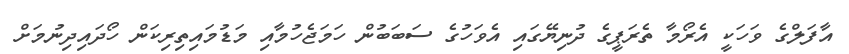
އާފަލްގެ ވަހަކީ އެރޯމާ ތެރަޕީގެ ދުނިޔޭގައި އެވަހުގެ ސަބަބުން ހަމަޖެހުމާއި މަޑުމައިތިރިކަން ހޯދައިދިނުމަށް